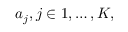
a _ { j } , j \in { 1 , \dots , K } ,